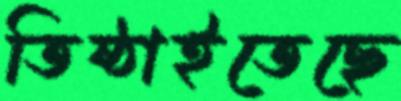
তিষ্ঠাইতেছে